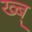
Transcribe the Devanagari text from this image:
ख्ब्